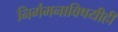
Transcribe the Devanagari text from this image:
निर्गमनाविषयीही